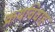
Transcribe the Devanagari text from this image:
क्रयविवाह